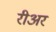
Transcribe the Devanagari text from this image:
रीअर